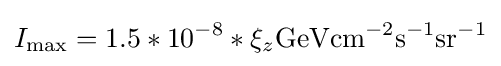
I_{\text{max}}=1.5*10^{-8}*\xi _{z}{\text{GeV}}{\text{cm}}^{-2}{\text{s}}^{-1}{\text{sr}}^{-1}